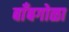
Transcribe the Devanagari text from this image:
बाँबगोळा